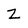
Character: Z